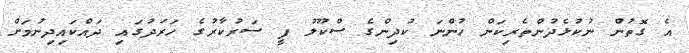
އެ ގޮތުން ނުކުޅެދުންތެރިކަން ހުންނަ ކުދިންގެ ސްކޫލު ފީ ސަރުކާރުގެ ހަރަދުގައި ދައްކައިދިނުމަށް